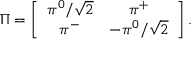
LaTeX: \Pi = \left[ \begin{array} { c c } { { \pi ^ { 0 } / \sqrt { 2 } } } & { { \pi ^ { + } } } \\ { { \pi ^ { - } } } & { { - \pi ^ { 0 } / \sqrt { 2 } } } \end{array} \right] .